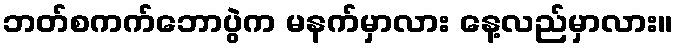
ဘတ်စကက်ဘောပွဲက မနက်မှာလား နေ့လည်မှာလား။